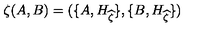
\zeta ( A , B ) = ( \{ A , H _ { \widehat { \zeta } } \} , \{ B , H _ { \widehat { \zeta } } \} ) \,